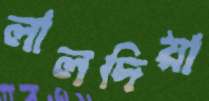
লালদিয়া